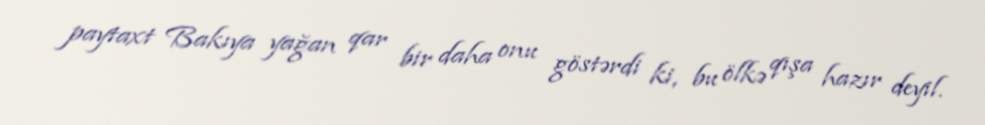
paytaxt Bakıya yağan qar bir daha onu göstərdi ki, bu ölkə qışa hazır deyil.